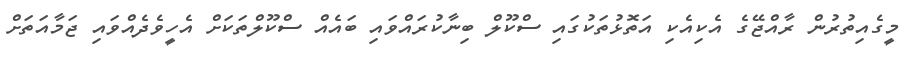
މީގެއިތުރުން ރާއްޖޭގެ އެކިއެކި އަތޮޅުތަކުގައި ސްކޫލް ބިނާކުރައްވައި ބައެއް ސްކޫލްތަކަށް އެހީވެދެއްވައި ޖަމާއަތަށް